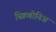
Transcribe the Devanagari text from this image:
स्क्रिबोनिअ